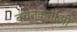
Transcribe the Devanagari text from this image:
बचतकर्ताओं